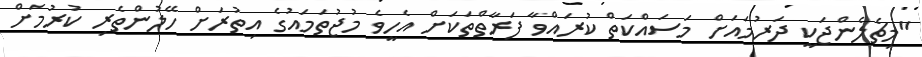
"މިޗެލެންޖަކީ ދަރުމައަށް މަސައްކަތް ކުރައްވާ ފަރާތްތަކަށް އެހީވެ މުޖުތަމައުގެ އިތުރަށް ހޭލުންތެރި ކުރުމަށް